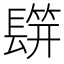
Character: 𨲡